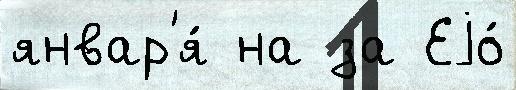
январ'я́ на за Еjо́